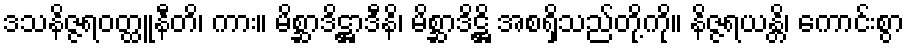
ဒသနိဇ္ဇရဝတ္ထူနီတိ၊ ကား။ မိစ္ဆာဒိဋ္ဌာဒီနိ၊ မိစ္ဆာဒိဋ္ဌိ အစရှိသည်တို့ကို။ နိဇ္ဇရယန္တိ၊ ကောင်းစွာ